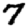
Digit: 7